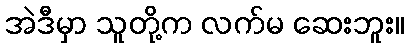
အဲဒီမှာ သူတို့က လက်မ ဆေးဘူး။